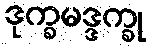
ဒုက္ခမဒ္ဒက္ခု